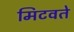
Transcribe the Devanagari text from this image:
मिटवते